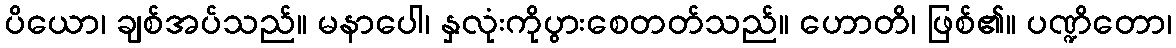
ပိယော၊ ချစ်အပ်သည်။ မနာပေါ၊ နှလုံးကိုပွားစေတတ်သည်။ ဟောတိ၊ ဖြစ်၏။ ပဏ္ဍိတော၊